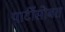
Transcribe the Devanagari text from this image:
पार्टीसोबत